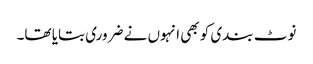
نوٹ بندی کو بھی انہوں نے ضروری بتایا تھا۔